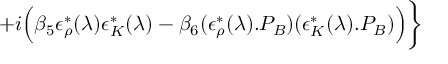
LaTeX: + i \Big ( \beta _ { 5 } \epsilon _ { \rho } ^ { * } ( \lambda ) \epsilon _ { K } ^ { * } ( \lambda ) - \beta _ { 6 } ( \epsilon _ { \rho } ^ { * } ( \lambda ) . P _ { B } ) ( \epsilon _ { K } ^ { * } ( \lambda ) . P _ { B } ) \Big ) \bigg \rbrace